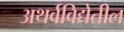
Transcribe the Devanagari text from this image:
अथर्वविद्येतील